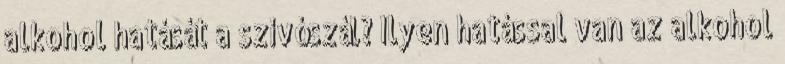
alkohol hatását a szívószál? Ilyen hatással van az alkohol